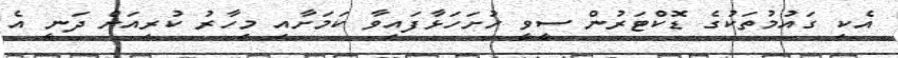
އެކި ގައުމުތަކުގެ ޑޮކްޓަރުން ސީވީ ހުށަހަޅާފައިވާ ކަމަށާއި މިހާރު ކުރިއަށް ދަނީ އެ